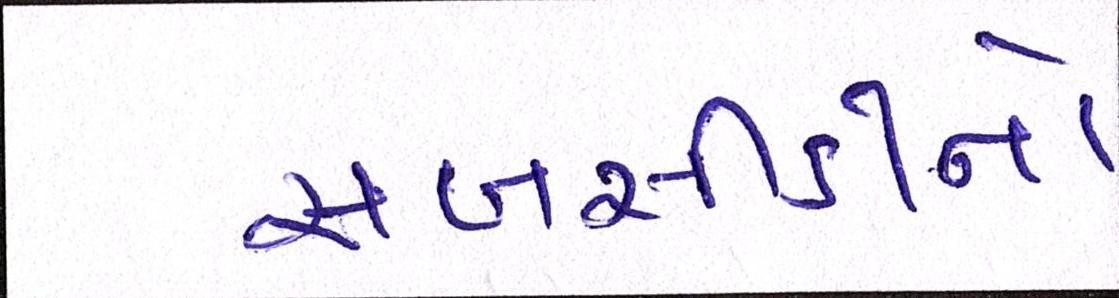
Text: સબસીડીનો